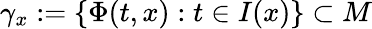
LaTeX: \gamma_{x}:=\{ \Phi(t,x):t\in I(x)\} \subset M